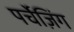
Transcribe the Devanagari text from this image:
पर्चेज़िंग